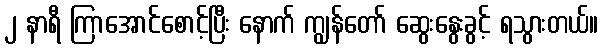
၂ နာရီ ကြာအောင်စောင့်ပြီး နောက် ကျွန်တော် ဆွေးနွေးခွင့် ရသွားတယ်။